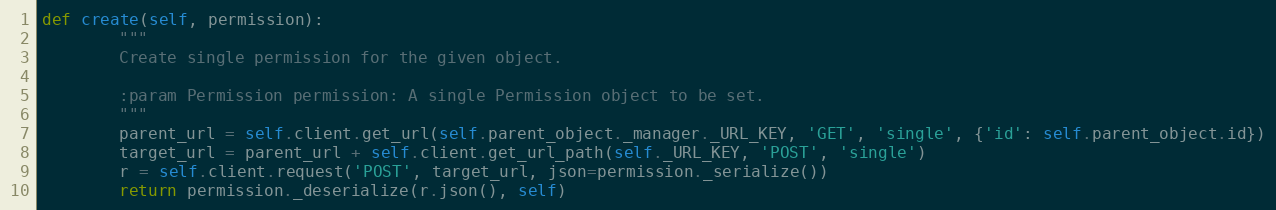
Language: Python
def create(self, permission):
        """
        Create single permission for the given object.

        :param Permission permission: A single Permission object to be set.
        """
        parent_url = self.client.get_url(self.parent_object._manager._URL_KEY, 'GET', 'single', {'id': self.parent_object.id})
        target_url = parent_url + self.client.get_url_path(self._URL_KEY, 'POST', 'single')
        r = self.client.request('POST', target_url, json=permission._serialize())
        return permission._deserialize(r.json(), self)